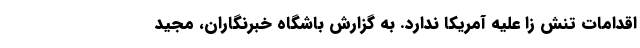
اقدامات تنش زا علیه آمریکا ندارد. به گزارش باشگاه خبرنگاران، مجید